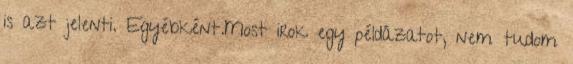
is azt jelenti. Egyébként.Most irok egy példázatot, nem tudom